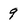
Character: 9